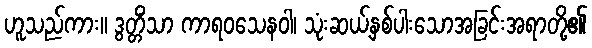
ဟူသည်ကား။ ဒွတ္တိံသာ ကာရဝသေနဝါ၊ သုံးဆယ့်နှစ်ပါးသောအခြင်းအရာတို့၏